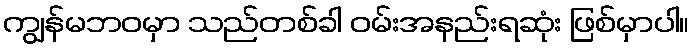
ကျွန်မဘဝမှာ သည်တစ်ခါ ဝမ်းအနည်းရဆုံး ဖြစ်မှာပါ။